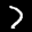
Label: 7